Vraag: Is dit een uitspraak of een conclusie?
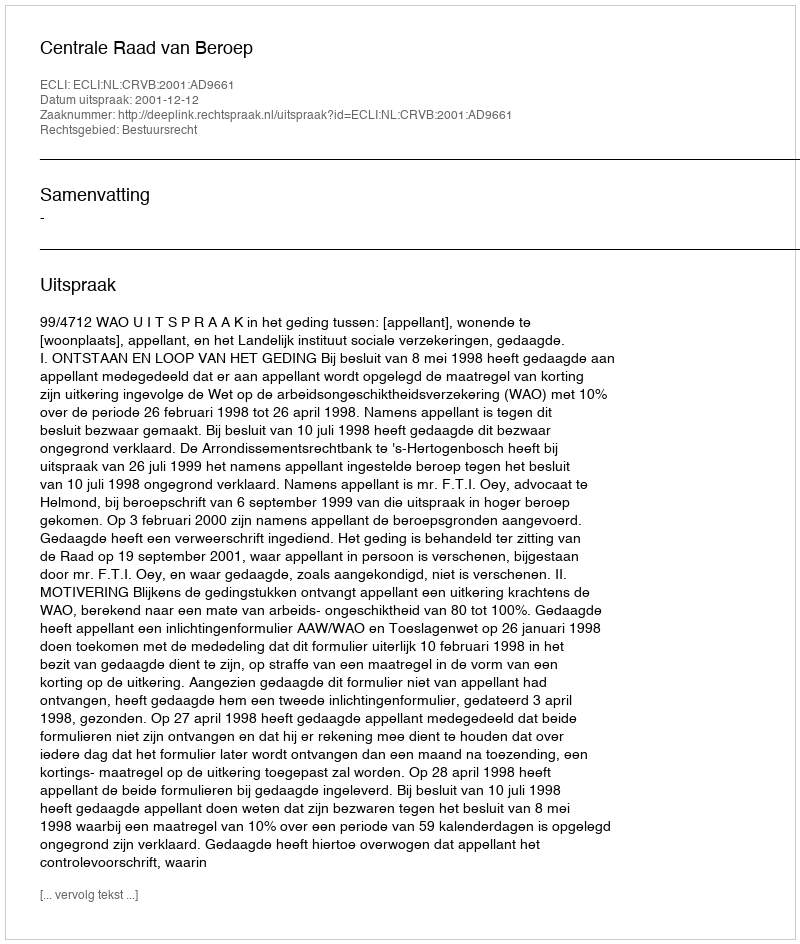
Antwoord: Uitspraak